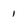
Character: 1